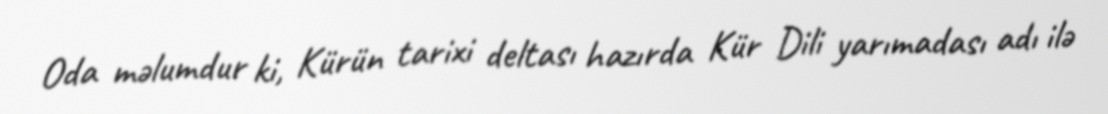
Oda məlumdur ki, Kürün tarixi deltası hazırda Kür Dili yarımadası adı ilə